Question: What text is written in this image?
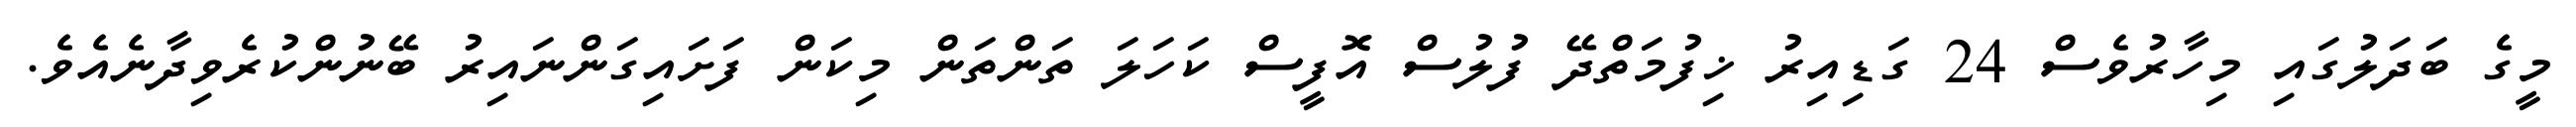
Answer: މީގެ ބަދަލުގައި މިހާރުވެސް 24 ގަޑިއިރު ޚިފުމަތްދޭ ފުލުސް އޮފީސް ކަހަލަ ތަންތަން މިކަން ފަށައިގަންނައިރު ބޭނުންކުރެވިދާނެއެވެ.